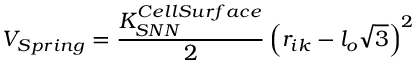
V _ { S p r i n g } = \frac { K _ { S N N } ^ { C e l l S u r f a c e } } { 2 } \left( r _ { i k } - { l _ { o } } \sqrt { 3 } \right) ^ { 2 }